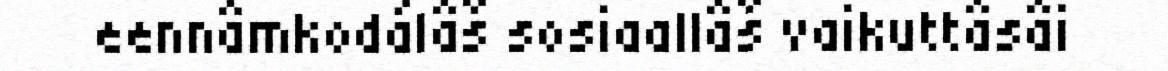
eennâmkodálâš sosiaallâš vaikuttâsâi